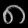
Digit: ၈